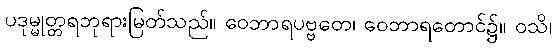
ပဒုမ္မုတ္တရဘုရားမြတ်သည်။ ဝေဘာရပဗ္ဗတေ၊ ဝေဘာရတောင်၌။ ဝသိ၊